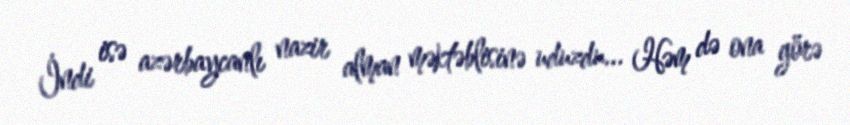
İndi isə azərbaycanlı nazir alman məktəblisinə uduzdu... Həm də ona görə